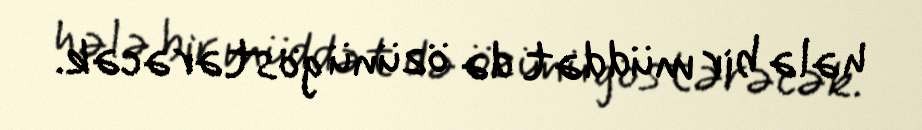
hələ bir müddət də özünü göstərəcək.